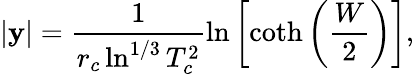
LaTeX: |\mathbf{y}|=\frac{{1}}{{r_{c}\ln^{1/3}T_{c}^{2}}}\ln\left[\coth\left(\frac{{W}}{{2}}\right)\right],